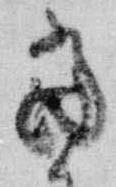
當